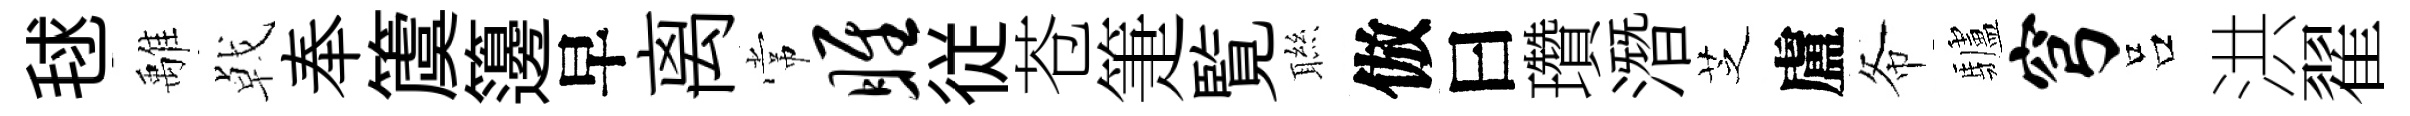
毬𩀌㦸奉𥵂籩早离常雎従苍箑覧聮倣曰瓚潛芝盧𢁙驢穹吕洪翟